system: You are a helpful assistant.
user:
Analyze the provided spectrum to determine if it is a **White Dwarf (WD)**.

A White Dwarf spectrum is defined by its **extreme purity** (due to gravitational settling) and/or **extreme pressure broadening** (due to high surface gravity). You must check for one of the following mutually exclusive signatures:

- **Key Visual Indicators (Check for ONE of these types):**

    - **1. DA-Type Signature (Most Common):**
        - **(Primary Feature):** Extreme pressure broadening (Stark broadening) of the **Hydrogen (H) Balmer lines**.
        - **(Key Lines):** $H\beta$ (approx. $4861$ Å) and $H\gamma$ (approx. $4340$ Å). $H\alpha$ (approx. $6563$ Å) will also be present if the wavelength range covers it.
        - **(Line Profile):** This is the **defining feature**. The lines are **NOT** sharp. They appear as massive, **extremely broad and deep "troughs" or "dips"** in the spectrum, often hundreds of Ångströms wide. The continuum will appear to "scoop" down at these wavelengths.
        - **(Distinction):** Normal A-type or B-type stars have *narrow* and *sharp* Hydrogen lines. A DA White Dwarf's lines are unmistakably "smeared" or "blurry" from pressure.

    - **2. DB-Type Signature:**
        - **(Primary Feature):** Broad absorption lines from **Neutral Helium (He I)**. The spectrum must lack any visible Hydrogen lines.
        - **(Key Lines):** Look for broad absorption near $4471$ Å, $4921$ Å, and $5876$ Å.
        - **(Line Profile):** These lines are also significantly pressure-broadened, appearing much wider than they would in a normal B-type main-sequence star.

    - **3. DC-Type Signature:**
        - **(Primary Feature):** A **featureless continuous spectrum**.
        - **(Line Profile):** The spectrum is a smooth curve with **no significant absorption or emission lines**.
        - **(Key Confirmation):** The continuum is almost always **blue or white**, indicating a hot object. This signature implies the atmosphere is so pure (or so cool) that no spectral lines are visible in the optical range. Its WD identity is confirmed by its extremely low intrinsic brightness (high absolute magnitude).

    - **4. DZ-Type Signature (Metal-Polluted):**
        - **(Primary Feature):** **Isolated, narrow metal absorption lines** on an otherwise featureless (DC-like) continuum.
        - **(Key Lines):** The **Calcium (Ca II) H & K doublet** (approx. **$3934$ Å** and **$3968$ Å**) is the most common and defining feature.
        - **(Line Profile):** These lines are "out of place." They are *not* part of a "forest" of thousands of lines. This signature is evidence of recent *accretion* (pollution) from rocky debris.
        - **(Distinction):** Normal G/K/M stars have a *dense forest* of thousands of metal lines. A DZ has a *clean* continuum with *only a few* strong metal lines.

    - **5. DQ-Type Signature (Carbon-Polluted):**
        - **(Primary Feature):** Absorption bands from **Carbon (C₂ "Swan Bands" or atomic C I)**.
        - **(Key Lines - C₂):** Look for bandheads with a "saw-tooth" shape near $5635$ Å, **$5165$ Å** (strongest), and $4737$ Å.
        - **(Key Confirmation):** The underlying **continuum must be blue or white** (hot).
        - **(Distinction):** This is the critical difference from a **Carbon Star**, which has the *exact same* C₂ bands but on an extremely **red, cool** continuum.

- **(Overall Spectrum):**
    - The continuum (overall shape) is typically **blue-sloping** (brighter in the blue than the red), as most white dwarfs are very hot.
    - The spectrum will look "pure" or "simple," dominated by only *one* of the five signatures listed above.

Think first, call **spectral_visualization_tool** if needed to examine features in detail, then provide your final answer. Your response must adhere to the following strict rules:
1.  **Overall Structure:** Your response must follow the format `<think>...</think> <tool_call>...</tool_call> (if a tool is used) <answer>...</answer>`.
2.  **Tool Usage Constraint:** You may only make **one** tool call per turn.
3.  **Final Answer Format:** In the `<answer>` tag, your conclusion must be inside a `\boxed{}` command (e.g., `\boxed{YES}` or `\boxed{NO}`), followed by your justification.

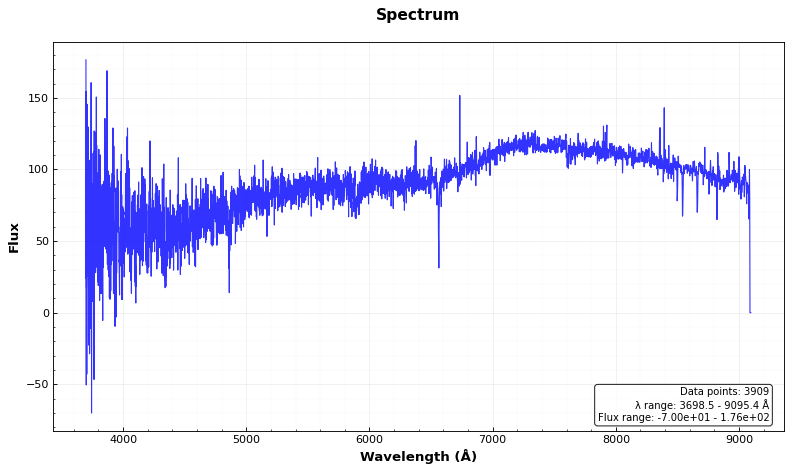
Answer: NO